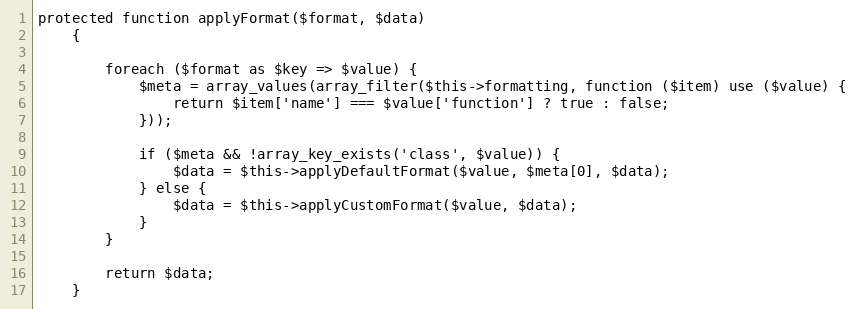
Language: PHP
protected function applyFormat($format, $data)
    {

        foreach ($format as $key => $value) {
            $meta = array_values(array_filter($this->formatting, function ($item) use ($value) {
                return $item['name'] === $value['function'] ? true : false;
            }));

            if ($meta && !array_key_exists('class', $value)) {
                $data = $this->applyDefaultFormat($value, $meta[0], $data);
            } else {
                $data = $this->applyCustomFormat($value, $data);
            }
        }

        return $data;
    }